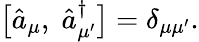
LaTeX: \begin{array}{r}{\bigl[\hat{a}_{\mu},\; \hat{a}_{\mu^{\prime}}^{\dagger}\bigr]=\delta_{\mu\mu^{\prime}}.}\end{array}